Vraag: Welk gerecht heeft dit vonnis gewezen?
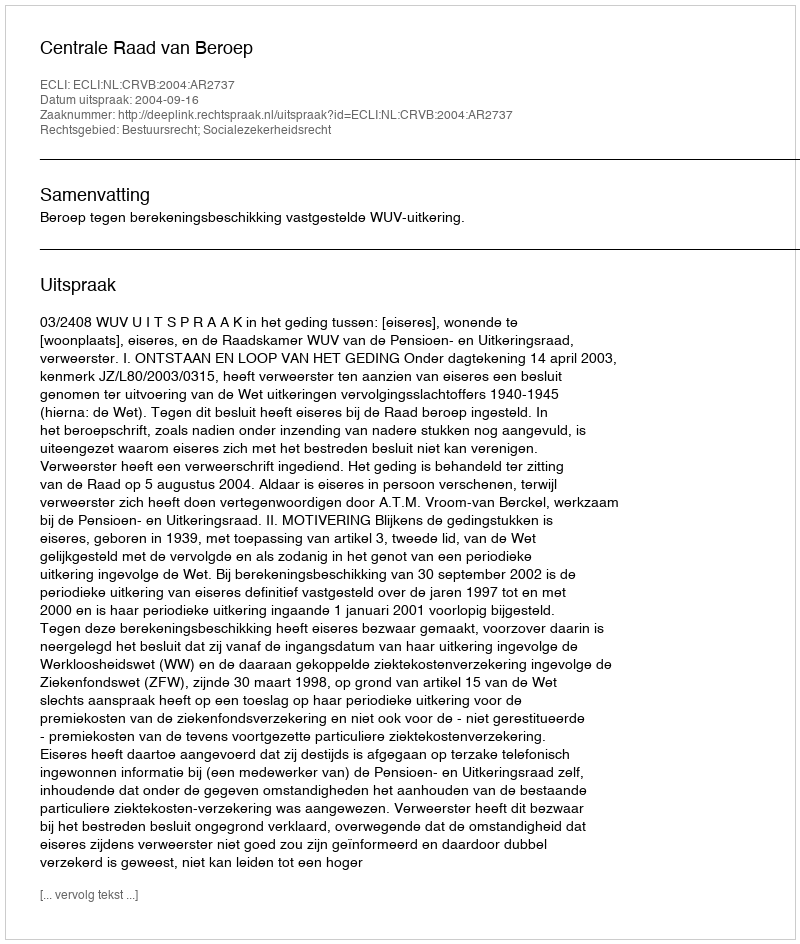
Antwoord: Centrale Raad van Beroep